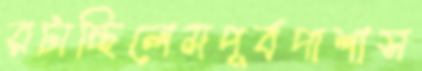
রটাচ্ছিলেমপূর্বপাশাস